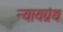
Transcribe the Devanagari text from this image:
न्यायग्रंथ